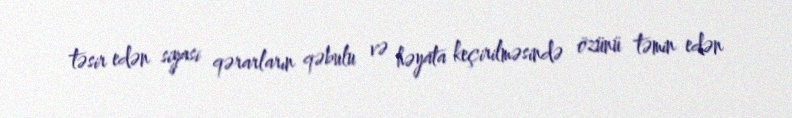
təsir edən siyasi qərarların qəbulu və həyata keçirilməsində özünü təmin edən